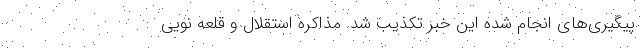
پیگیری‌های انجام شده این خبر تکذیب شد. مذاکره استقلال و قلعه نویی